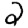
Digit: 2